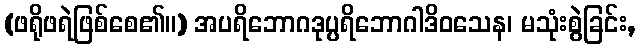
(ဖရိုဖရဲဖြစ်စေ၏။) အပရိဘောဂဒုပ္ပရိဘောဂါဒိဝသေန၊ မသုံးစွဲခြင်း,